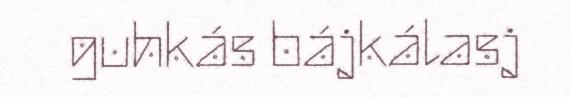
guhkás bájkálasj